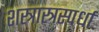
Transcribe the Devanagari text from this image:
शस्त्रास्त्रस्पर्धा